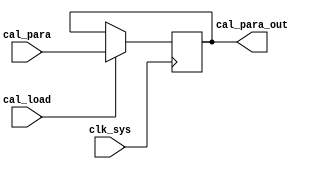
// cal_load.v
module cal_load(
                clk_sys,
                cal_load,
                cal_para,
                cal_para_out
               );
input clk_sys;

input cal_load;
input [5:0] cal_para;

output [5:0] cal_para_out;

reg [5:0] cal_para_out;

always @ (posedge clk_sys)
    begin
         if (cal_load == 1'b1)
             cal_para_out <= cal_para;
         else
             cal_para_out <= cal_para_out;
    end

endmodule